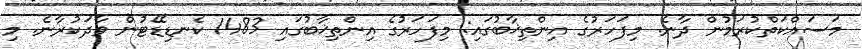
މަސައްކަތްކުރަމުން ދާނެ. މިފަހަރުގެ އިންތިޚާބުގައި: މިފަހަރުގެ އިންތިޚާބުގައި 1483 ކެނޑިޑޭޓުން ވާދަކުރާނެ. މި